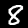
Digit: 8